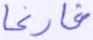
فارغا